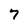
Character: 7